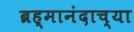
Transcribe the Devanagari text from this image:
ब्रह्मानंदाच्या